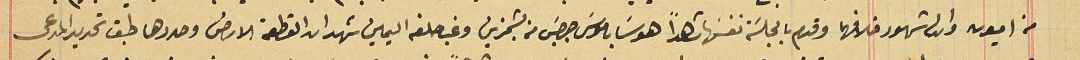
من اميون وادلى شهود خلافهما وقدم بالجلسَة نفسَها شاهداً هو سَابا موسَى جرجسَ بطرس من بشمزين وغب حلفه اليمين شهد ان القطعة الارض وحددها طبق تحديد المدعى